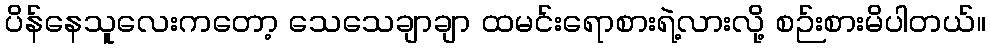
ပိန်နေသူလေးကတော့ သေသေချာချာ ထမင်းရောစားရဲ့လားလို့ စဉ်းစားမိပါတယ်။